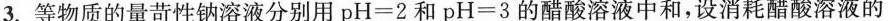
3. 等物质的量苛性钠溶液分别用 $$p H = 2$$ 和 $$p H = 3$$ 的醋酸溶液中和，设消耗醋酸溶液的